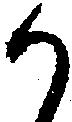
か